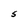
Character: S